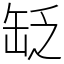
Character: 䍇